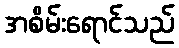
အစိမ်းရောင်သည်